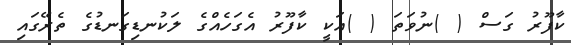
ކާފޫރު ގަސް ( )ނުވަތަ ( )އަކީ ކާފޫރު އެގަހެއްގެ ލަކުނޑިގަނޑުގެ ތެރޭގައި